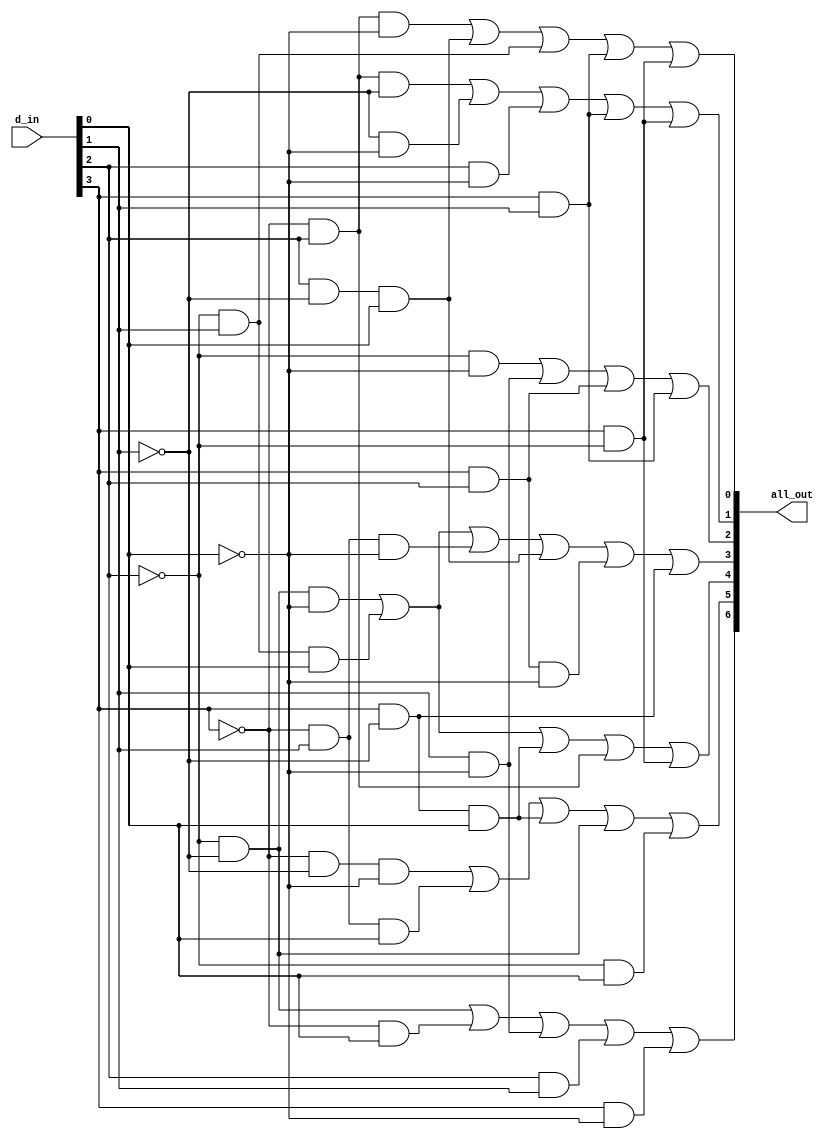
//Justin Liang
//ECE 154A
//Homework 3

module bcdto7_structural(all_out,d_in);
	output [6:0] all_out;
	input  [3:0] d_in;
	wire a1, a2, a3, a4, a5;
	wire b1, b2, b3, b4, b5;
	wire c1, c2, c3, c4, c5;
	wire d1, d2, d3, d4, d5, d6;
	wire e1, e2, e3, e4;
	wire f1, f2, f3, f4, f5;
	wire g1, g2, g3, g4, g5;
	wire a, b, c, d, e, f, g;
	
	and(a1, ~d_in[2], ~d_in[1]);
	and(a2, ~d_in[3], d_in[0]);
	and(a3, d_in[1], ~d_in[0]);
	and(a4, d_in[2], d_in[1]);
	and(a5, d_in[3], ~d_in[0]);
	or x1(a, a1, a2, a3, a4, a5);

	and(b1, ~d_in[3], ~d_in[1], ~d_in[0]);
	and(b2, ~d_in[3], d_in[1], d_in[0]);
	and(b3, d_in[3], ~d_in[1], d_in[0]);
	and(b4, ~d_in[2], ~d_in[1]);
	and(b5, ~d_in[2], d_in[0]);
	or x2(b, b1, b2, b3, b4, b5);

	and(c1, ~d_in[2], ~d_in[1], ~d_in[0]);
	and(c2, ~d_in[2], d_in[1], d_in[0]);
	and(c3, d_in[3], ~d_in[1], d_in[0]);
	and(c4, ~d_in[3], d_in[2]);
	and(c5, d_in[3], ~d_in[2]);
	or x3(c, c1, c2, c3, c4, c5);

	and(d1, ~d_in[2], ~d_in[1], ~d_in[0]);
	and(d2, ~d_in[2], d_in[1], d_in[0]);
	and(d3, ~d_in[3], d_in[1], ~d_in[0]);
	and(d4, d_in[2], ~d_in[1], d_in[0]);
	and(d5, d_in[3], d_in[2], ~d_in[0]);
	and(d6, d_in[3], ~d_in[1]);
	or x4(d, d1, d2, d3, d4, d5, d6);

	and(e1, ~d_in[2], ~d_in[0]);
	and(e2, d_in[1], ~d_in[0]);
	and(e3, d_in[3], d_in[2]);
	and(e4, d_in[3], d_in[1]);
	or x5(e, e1, e2, e3, e4);

	and(f1, ~d_in[3], d_in[2], ~d_in[1]);
	and(f2, ~d_in[1], ~d_in[0]);
	and(f3, d_in[2], ~d_in[0]);
	and(f4, d_in[3], d_in[1]);
	and(f5, d_in[3], ~d_in[2]);
	or x6(f, f1, f2, f3, f4, f5);

	and(g1, ~d_in[3], d_in[2], ~d_in[0]);
	and(g2, d_in[2], ~d_in[1], d_in[0]);
	and(g3, ~d_in[2], d_in[1]);
	and(g4, d_in[3], d_in[1]);
	and(g5, d_in[3], ~d_in[2]);
	or x7(g, g1, g2, g3, g4, g5);

	buf( all_out[0], g);
	buf( all_out[1], f);
	buf( all_out[2], e);
	buf( all_out[3], d);
	buf( all_out[4], c);
	buf( all_out[5], b);
	buf( all_out[6], a);  
	
endmodule